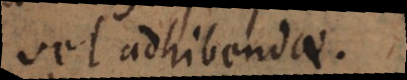
vel adhibendae).